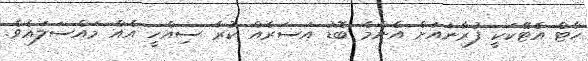
ހާޓް އެޓޭކަކީ ފުރާނައަށް އެންމެ ބޮޑު އަސަރެއް ކުރާ ސިއްހީ އެއް މައްސަލައެވެ.